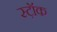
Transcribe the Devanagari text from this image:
स्ट़ॉक